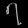
Digit: ၇